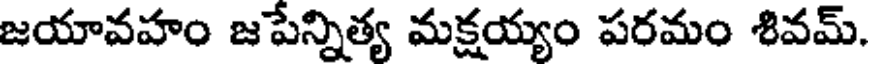
జయావహం జపేన్నిత్య మక్షయ్యం పరమం శివమ్.